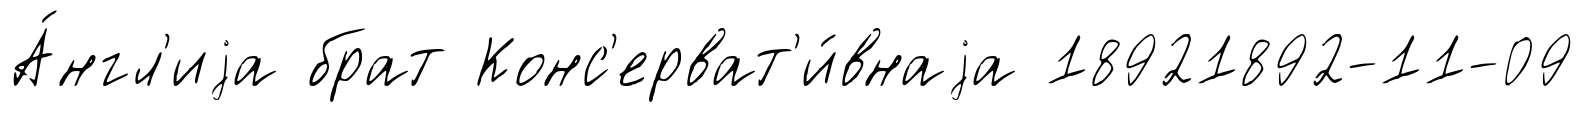
А́нгл'иjа брат Конс'ерват'и́внаjа 18921892-11-09